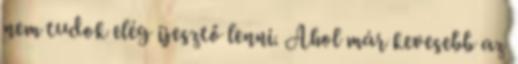
nem tudok elég ijesztő lenni. Ahol már kevesebb az